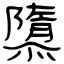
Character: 隳